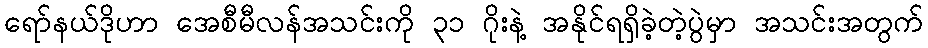
ရော်နယ်ဒိုဟာ အေစီမီလန်အသင်းကို ၃၁ ဂိုးနဲ့ အနိုင်ရရှိခဲ့တဲ့ပွဲမှာ အသင်းအတွက်